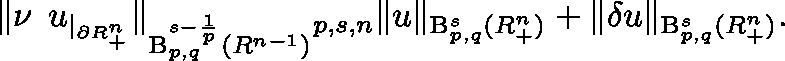
\begin{array} { r } { \lVert \nu \mathbin { \lrcorner } u _ { | _ { \partial \mathbb { R } _ { + } ^ { n } } } \rVert _ { \mathrm { B } _ { p , q } ^ { s - \frac { 1 } { p } } ( \mathbb { R } ^ { n - 1 } ) } \lesssim _ { p , s , n } \lVert u \rVert _ { { \mathrm { B } } _ { p , q } ^ { s } ( \mathbb { R } _ { + } ^ { n } ) } + \lVert \mathbf { \delta } u \rVert _ { { \mathrm { B } } _ { p , q } ^ { s } ( \mathbb { R } _ { + } ^ { n } ) } \mathrm { . } } \end{array}